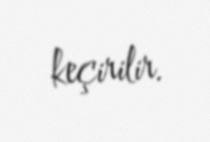
keçirilir.